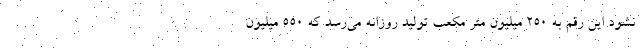
نشود این رقم به ۲۵۰ میلیون متر مکعب تولید روزانه می‌رسد که ۵۵۰ میلیون